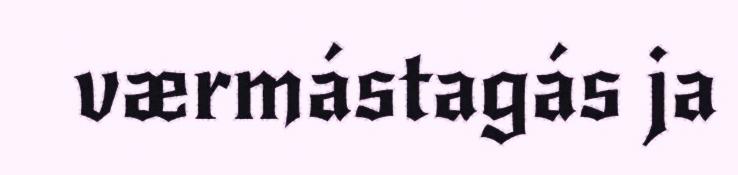
værmástagás ja